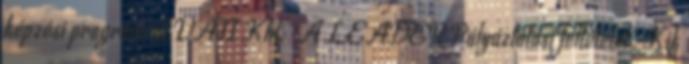
képzési programról VÁTI Kht." A LEADER Pályáztatási feltételek. Kik